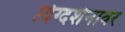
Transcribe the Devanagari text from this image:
दिग्दर्शनावर